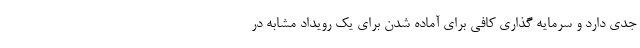
جدی دارد و سرمایه گذاری کافی برای آماده شدن برای یک رویداد مشابه در